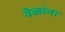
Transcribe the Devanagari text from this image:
वेळांना